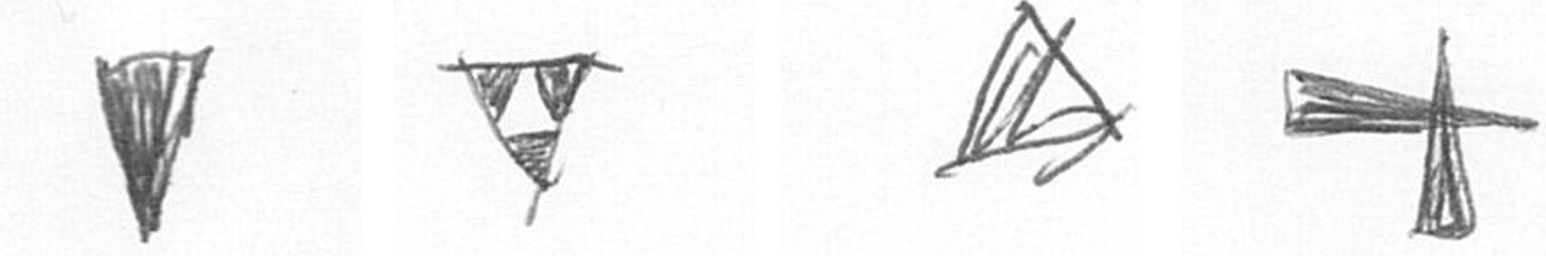
J S O G